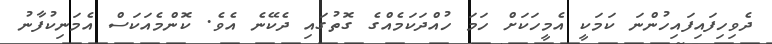
ދެވިހިފައިފައިހުންނަ ކަމަކީ އެމީހަކަށް ހަމަ ހުއްދަކަމެއްގެ ގޮތުގައި ދެކޭނެ އެވެ. ކޮންމެއަކަސް އެމަނިކުފާނު